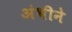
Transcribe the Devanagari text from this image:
अंभीने